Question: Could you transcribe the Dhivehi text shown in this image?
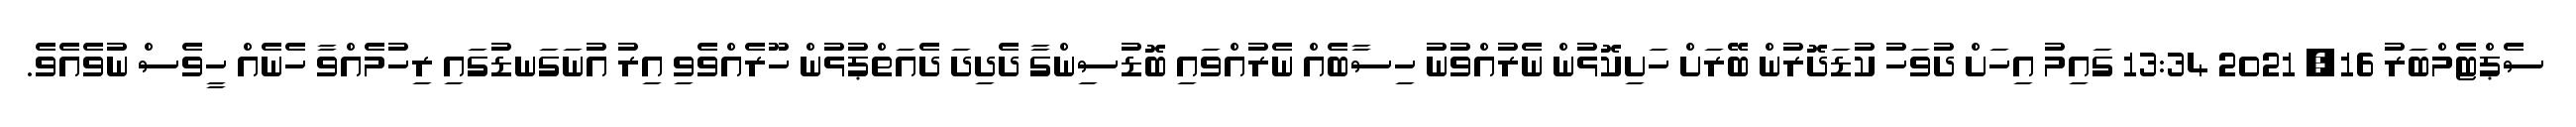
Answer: ސެޕްޓެމްބަރު 16, 2021 13:34 ގައިމު އިހަށް ދުވަހު ކުޑަދޮރުން ބޭރަށް ހަށިކޮޅުން ނެރުއްވުނު ހިސާބެއް ނެރުއްވައި ބޮޑުސިންގާ ދެދިދަ ދެއަތްޕުޅުން ހޫރެއްވެވި އިރު އުނަގަނޑުގައި ރިހުމެއްވާ ހެނެއް ހީވެސް ނުވެއެވެ.